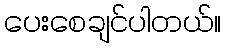
ပေးစေချင်ပါတယ်။